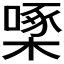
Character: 𪳓